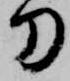
刀